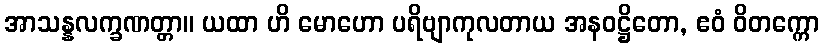
အာသန္နလက္ခဏတ္တာ။ ယထာ ဟိ မောဟော ပရိဗျာကုလတာယ အနဝဋ္ဌိတော, ဧဝံ ဝိတက္ကော